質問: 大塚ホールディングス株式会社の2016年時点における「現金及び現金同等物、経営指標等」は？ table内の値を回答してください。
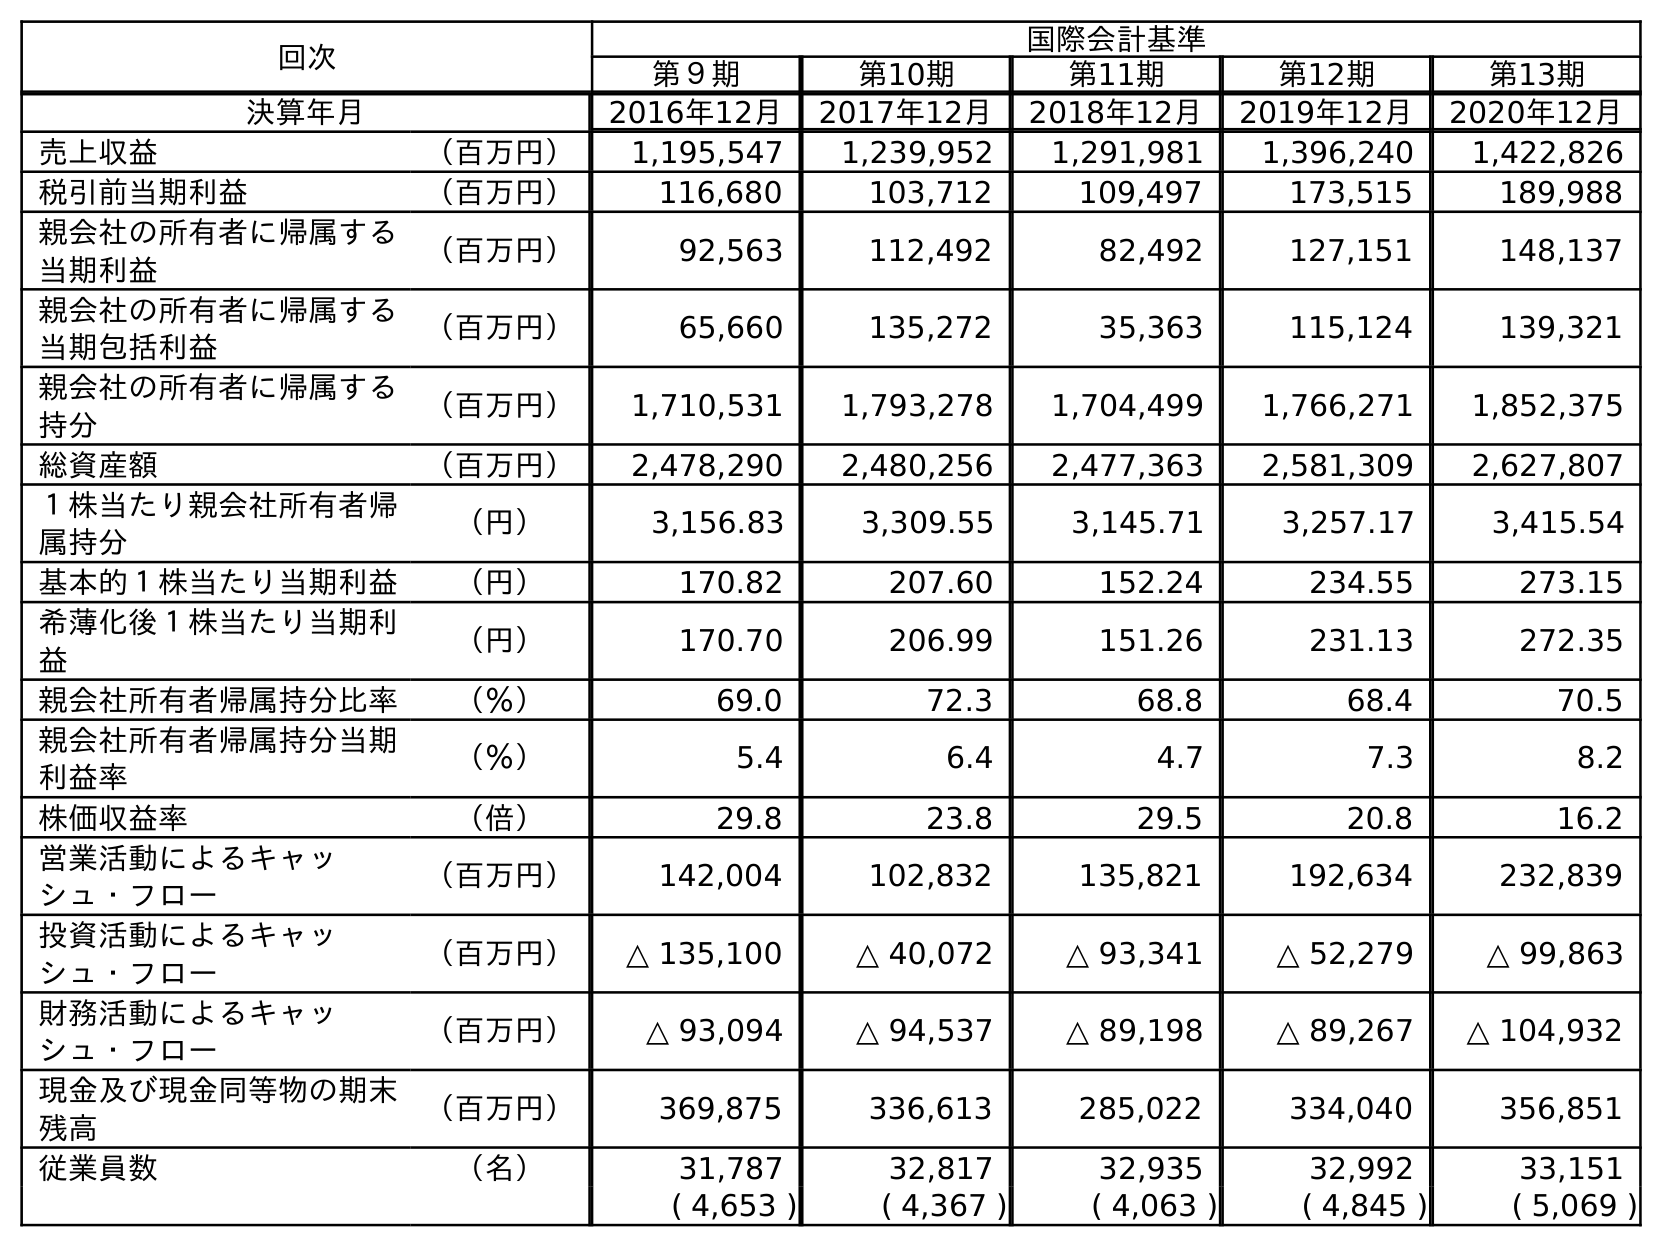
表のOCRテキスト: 回次 国際会計基準 第９期 第10期 第11期 第12期 第13期 決算年月 2016年12月 2017年12月 2018年12月 2019年12月 2020年12月 売上収益 （百万円） 1,195,547 1,239,952 1,291,981 1,396,240 1,422,826 税引前当期利益 （百万円） 116,680 103,712 109,497 173,515 189,988 親会社の所有者に帰属する 当期利益 （百万円） 92,563 112,492 82,492 127,151 148,137 親会社の所有者に帰属する 当期包括利益 （百万円） 65,660 135,272 35,363 115,124 139,321 親会社の所有者に帰属する 持分 （百万円） 1,710,531 1,793,278 1,704,499 1,766,271 1,852,375 総資産額 （百万円） 2,478,290 2,480,256 2,477,363 2,581,309 2,627,807 １株当たり親会社所有者帰 属持分 （円） 3,156.83 3,309.55 3,145.71 3,257.17 3,415.54 基本的１株当たり当期利益 （円） 170.82 207.60 152.24 234.55 273.15 希薄化後１株当たり当期利 益 （円） 170.70 206.99 151.26 231.13 272.35 親会社所有者帰属持分比率 （％） 69.0 72.3 68.8 68.4 70.5 親会社所有者帰属持分当期 利益率 （％） 5.4 6.4 4.7 7.3 8.2 株価収益率 （倍） 29.8 23.8 29.5 20.8 16.2 営業活動によるキャッ シュ・フロー （百万円） 142,004 102,832 135,821 192,634 232,839 投資活動によるキャッ シュ・フロー （百万円） △ 135,100 △ 40,072 △ 93,341 △ 52,279 △ 99,863 財務活動によるキャッ シュ・フロー （百万円） △ 93,094 △ 94,537 △ 89,198 △ 89,267 △ 104,932 現金及び現金同等物の期末 残高 （百万円） 369,875 336,613 285,022 334,040 356,851 従業員数 （名） 31,787 32,817 32,935 32,992 33,151 ( 4,653 ) ( 4,367 ) ( 4,063 ) ( 4,845 ) ( 5,069 )
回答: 369,875